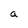
Character: a